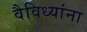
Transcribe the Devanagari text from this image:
वैविध्यांना